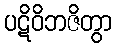
ပဋိဝိဘဇိတွာ